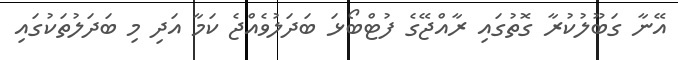
އޭނާ ގަބޫލުކުރާ ގޮތުގައި ރާއްޖޭގެ ފުޓްބޯޅަ ބަދަލުވެއްޖެ ކަމާ އަދި މި ބަދަލުތަކުގައި